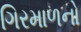
ગિરમાળનો